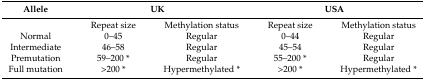
<table><thead><tr><td><b>Allele</b></td><td colspan="2"><b>UK</b></td><td colspan="2"><b>USA</b></td></tr></thead><tbody><tr><td></td><td>Repeat size</td><td>Methylation status</td><td>Repeat size</td><td>Methylation status</td></tr><tr><td>Normal</td><td>0–45</td><td>Regular</td><td>0–44</td><td>Regular</td></tr><tr><td>Intermediate</td><td>46–58</td><td>Regular</td><td>45–54</td><td>Regular</td></tr><tr><td>Premutation</td><td>59–200 *</td><td>Regular</td><td>55–200 *</td><td>Regular</td></tr><tr><td>Full mutation</td><td>&gt;200 *</td><td>Hypermethylated *</td><td>&gt;200 *</td><td>Hypermethylated *</td></tr></tbody></table>